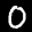
Label: 0